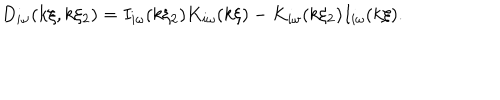
D _ { i \omega } ( k \xi , k \xi _ { 2 } ) = I _ { i \omega } ( k \xi _ { 2 } ) K _ { i \omega } ( k \xi ) - K _ { i \omega } ( k \xi _ { 2 } ) I _ { i \omega } ( k \xi ) .